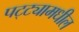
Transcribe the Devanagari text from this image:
पट्ट्यामधील